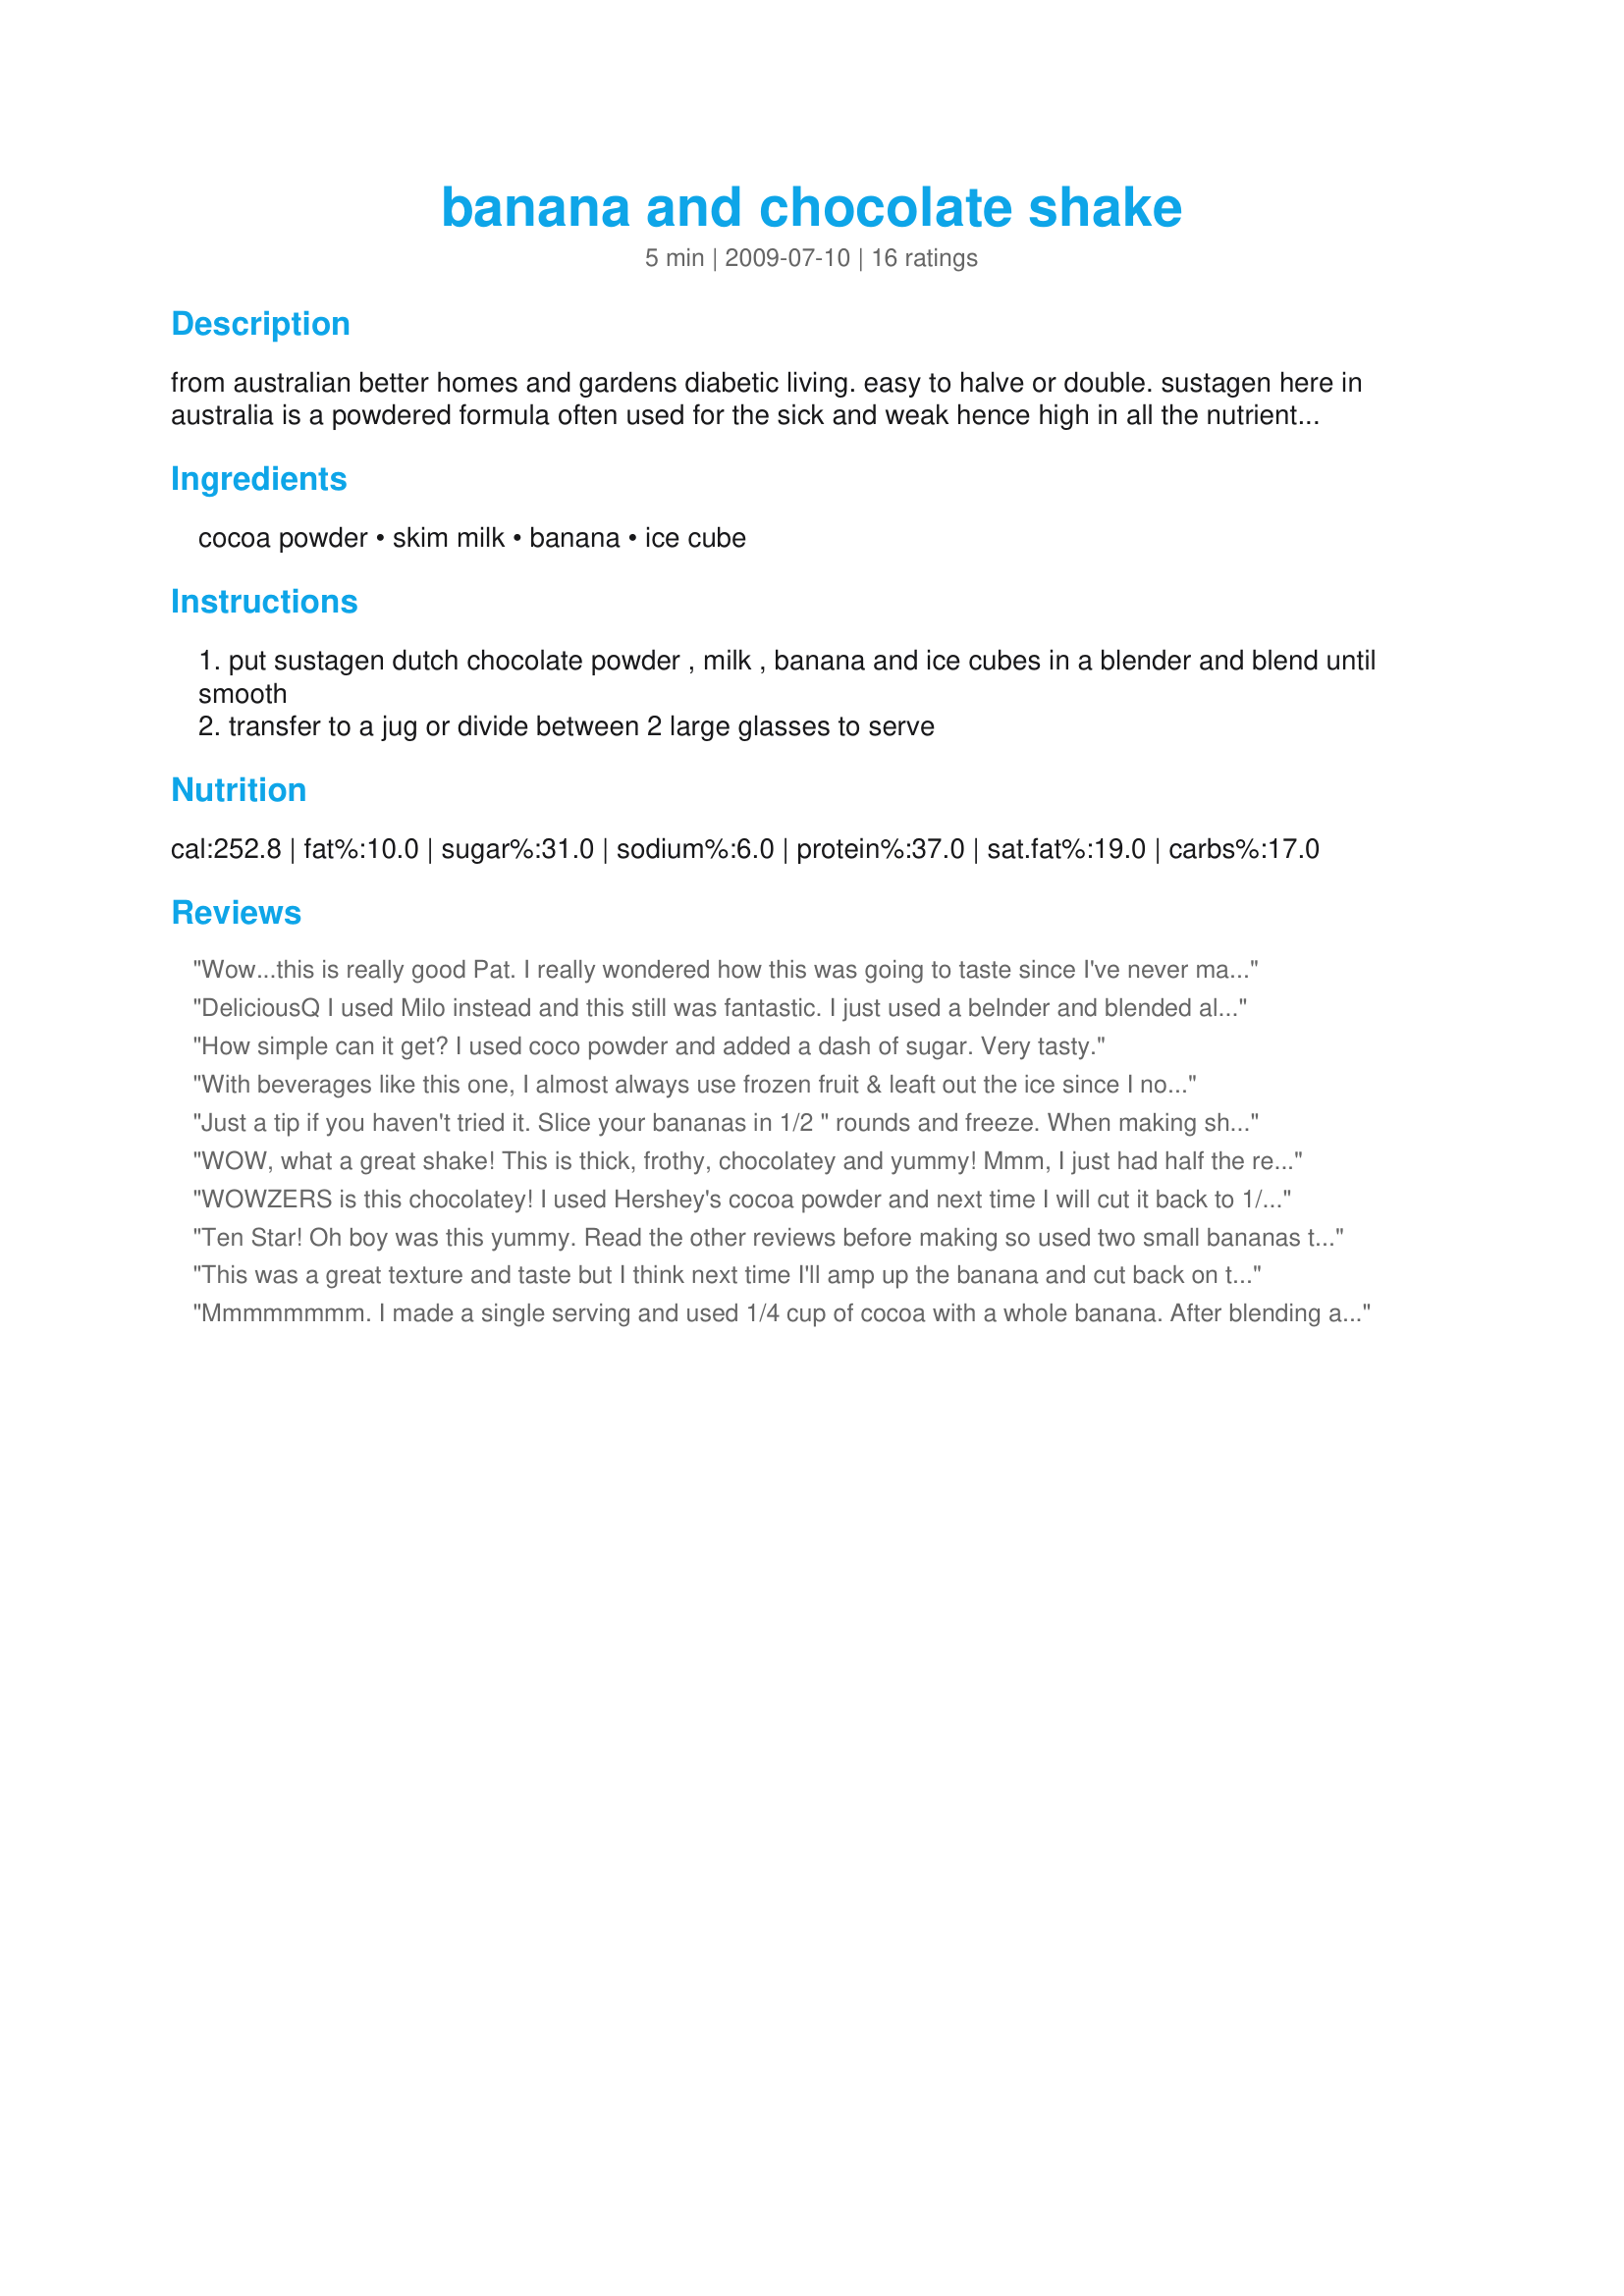
banana and chocolate shake
Preparation time: 5 minutes

from australian better homes and gardens diabetic living. easy to halve or double. sustagen here in australia is a powdered formula often used for the sick and weak hence high in all the nutrients (used a lot when the dm recovered from surgery) - it comes in vanilla or chocolate, you may wish to look for something similar.

Ingredients:
cocoa powder, skim milk, banana, ice cube

Steps:
put sustagen dutch chocolate powder , milk , banana and ice cubes in a blender and blend until smooth
transfer to a jug or divide between 2 large glasses to serve

Reviews:
Wow...this is really good Pat. I really wondered how this was going to taste since I've never made a shake using cocoa powder. It's really more slushy than creamy, but that's o.k. with me. Less calories:-) I also should add that I put in one packet of Splenda to sweeten a bit. Purely my preference. 
Made for HolidayTag.~
DeliciousQ
I used Milo instead and this still was fantastic. I just used a belnder and blended all together before adding the ice cubes, added them and then gave another quick wizz and all all came out so well!
Thanks Pat, this was a great, delcious quick and easy drink!
How simple can it get? I used coco powder and added a dash of sugar. Very tasty.
With beverages like this one, I almost always use frozen fruit & leaft out the ice since I not only like the frosty chill it gives, but I also enjoy the more intense flavors! This is definitely a great tasting shake, & the more chocolate,the better (for this chocoholic, anyway)! Thanks for sharing the recipe! [Made & reviewed in Went to the Market tag]
Just a tip if you haven't tried it. Slice your bananas in 1/2 " rounds and freeze. When making shakes, after blending ingredients, add the frozen banana slices, and forget the ice! The result is a thicker, richer shake. I also use frozen strawberries, blueberries and peaches, just for shakes. I also find that the powdered dry skim milk, when mixed and cold whips up with more volume than the already prepared skim.
WOW, what a great shake! This is thick, frothy, chocolatey and yummy! Mmm, I just had half the recipe for breakfast and wish I had made the full recipe just for myself. :) YUM!<br/>I used only 10 g of cocoa powder and 10 g of carob powder instead of 40 g cocoa and that was plenty for me. Very chocolatey without any bitterness. I didnt want to have half a banana go to waste, so I threw in the full one. Also I used green tea ice cubes, which added a nice subtle earthyness.<br/>Ill definitely keep on making this shake, it is so satisfying and healthy. I cant wait to tell my sis all about it. :)<br/>THANK YOU SO MUCH for sharing this keeper with us, Pat!<br/>Made and reviewed for I Recommend Tag and the fruit event in the Photo Forum July 2011.
WOWZERS is this chocolatey! I used Hershey's cocoa powder and next time I will cut it back to 1/4 cup to see how that works. I ended up adding an extra banana and a little Splenda. Fun breakfast shake! THANKS, Pat.
Ten Star! Oh boy was this yummy. Read the other reviews before making so used two small bananas that I had cut up in the freezer which made it really cold and thick. Also used Hershey's Dark cocoa powder which is undrinkable with sweetening so added a tablespoon of Splenda brown sugar blend. All I can say is those two small changes made the thickest, richest and yummiest shake we have had in a long time. Not to mention healthier because there is less fat and no ice cream. Thank you Thank you. Will be keeping this and making lots. Thanks so much for the post.
This was a great texture and taste but I think next time I'll amp up the banana and cut back on the chocolate a tad. thanks!
Mmmmmmmm. I made a single serving and used 1/4 cup of cocoa with a whole banana. After blending and tasting I added some Splenda, I didn't measure but just shook some in from the container that lives on the counter. This is very tasty and quite filling.....in fact, I think I just had dinner! :D
Very chocolatey! After blending everything together, I took a taste test and determined it needed more sweetness so doubled the banana as recommended by Annacia. It still could use some more sweetness so I may add some sweetener. Sustagen is not sold in the US...I wonder if it contains sweetener? And if it contains other nutrients, it may have less cocoa by volume. I used Hershey's pure cocoa powder. Thanks for posting the recipe. It is a nice, healthy, very chocolately smoothie!
Yum, I used a very ripe banana & ovaltine for the chocolate but not quite the full amount. Toddler DD & I both devoured it! Thanks Pat!
Yum! I used a Ghirardelli double chocolate powder and a fresh banana. Simple and good. Thanks Pat for a nice treat. Made for Potluck Tag.
Very chocolatey! I used almond milk and halved the recipe, using a small banana. Thanks for a frosty treat! Made for Photo tag.
I googled Sustagen Dutch and found that it was nutritional supplement powder, so I am sure it is sweetened. I decided to use cocoa powder and added some sugar to it, used a frozen banana and the milk and it was delicious!! Reminds me of a chocolate covered banana!! Thanks for sharing the recipe. Made for Potluck Tag Game
I used 1/4 cup of Nestle cocoa powder. I thought the chocolate was very strong & added some Splenda to sweeten it. I could barely taste the banana so I would suggest adding another one. Made for Everyday is a Holiday Tag
